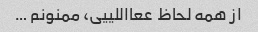
از همه لحاظ ععااللییی، ممنونم …